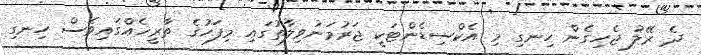
ދެ ރޭލު ޖެހިގެން ހިނގި މި އެކްސިޑެންޓަކީ ޖަރުމަނުވިލާތުގައި މިފަހުގެ ތާރީޚެއްގައިވެސް ހިނގި